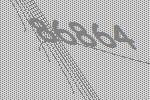
86864